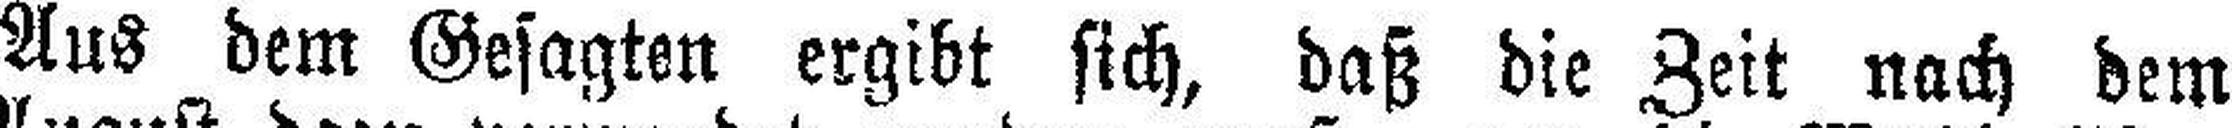
Aus dem Gesagten ergibt sich, daß die Zeit nach dem